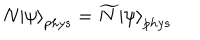
N \left| \psi \right\rangle _ { p h y s } = \widetilde { N } \left| \psi \right\rangle _ { p h y s }